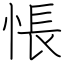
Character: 悵